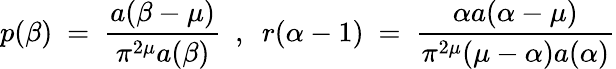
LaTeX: p(\beta)~=~\frac{a(\beta-\mu)}{\pi^{2\mu}a(\beta)}~~,~~r(\alpha-1)~=~\frac{\alpha a(\alpha-\mu)}{\pi^{2\mu}(\mu-\alpha)a(\alpha)}